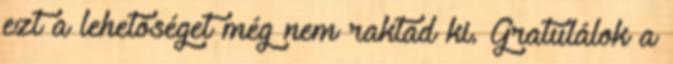
ezt a lehetőséget még nem raktad ki. Gratulálok a